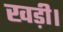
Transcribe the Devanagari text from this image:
खड़ी।